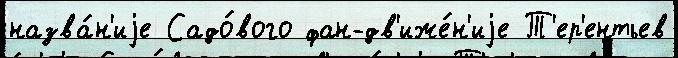
назва́н'иjе Садо́вого фан-дв'иже́н'иjе Т'ер'ентьев